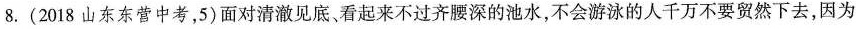
8.（2018山东东营中考，5）面对清澈见底、看起来不过齐腰深的池水，不会游泳的人千万不要贸然下去，因为